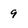
Character: 9